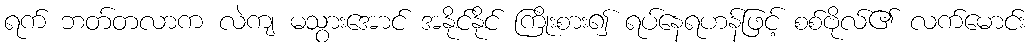
ရက် ဘတ်တလာက လဲကျ မသွားအောင် အနိုင်နိုင် ကြိုးစား၍ ရပ်နေရဟန်ဖြင့် စစ်ဗိုလ်၏ လက်မောင်း